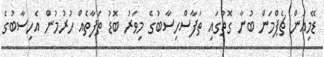
ޑޭމިއަން ޗެޕްމަން ބުނާ ގޮތުގައި ތަފާސްހިސާބުގެ މިވަރު ބޮޑު ތަފާތެއް ހުރުމުން އެހިސާބުގެ